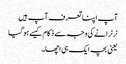
آپ اپنا تعرف آپ ہیں
ٹرٹرانے کی وجہ سے ذکام کیسے ہو گیا
یعنی بچہ ایک ہی اچھا۔